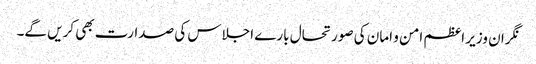
نگران وزیر اعظم امن و امان کی صورتحال بارے اجلاس کی صدارت بھی کریں گے۔